Report on the working of the mental hospitals for Indians in Bihar and Orissa - 1925-1929
Year: 1925
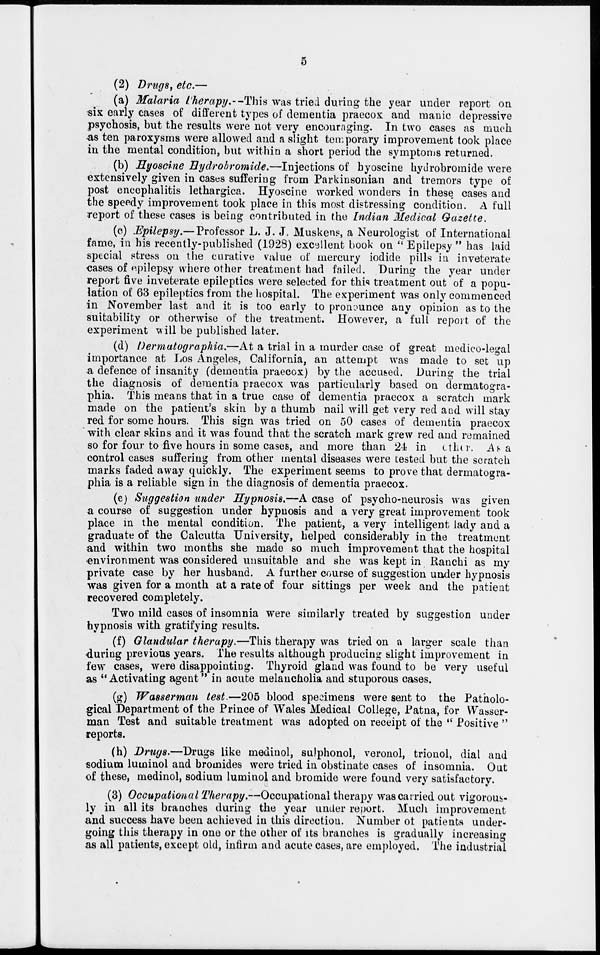
5
(2) Drugs, etc.—
(a) Malaria Therapy.—This was tried during the year under report on
six early cases of different types of dementia praecox and manic depressive
psychosis, but the results were not very encouraging. In two cases as much
as ten paroxysms were allowed and a slight temporary improvement took place
in the mental condition, but within a short period the symptoms returned.
(b) Hyoscine Hydrobromide.—Injections of byoscine hydrobromide were
extensively given in cases suffering from Parkinsonian and tremors type of
post encephalitis lethargica. Hyoscine worked wonders in these cases and
the speedy improvement took place in this most distressing condition. A full
report of these cases is being contributed in the Indian Medical Gazette.
(c) Epilepsy.— Professor L. J. J. Muskens, a Neurologist of International
fame, in his recently-published (1928) excellent book on " Epilepsy " has laid
special stress on the curative value of mercury iodide pills in inveterate
cases of epilepsy where other treatment had failed. During the year under
report five inveterate epileptics were selected for this treatment out of a popu-
lation of 63 epileptics from the hospital. The experiment was only commenced
in November last and it is too early to pronounce any opinion as to the
suitability or otherwise of the treatment. However, a full report of the
experiment will be published later.
(d) Dermatographia.—At a trial in a murder case of great medico-legal
importance at Los Angeles, California, an attempt was made to set up
a defence of insanity (dementia praecox) by the accused. During the trial
the diagnosis of dementia praecox was particularly based on dermatogra-
phia. This means that in a true case of dementia praecox a scratch mark
made on the patient's skin by a thumb nail will get very red and will stay
red for some hours. This sign was tried on 50 cases of dementia praecox
with clear skins and it was found that the scratch mark grew red and remained
so for four to five hours in some cases, and more than 24 in other. As a
control cases suffering from other mental diseases were tested but the scratch
marks faded away quickly. The experiment seems to prove that dermatogra-
phia is a reliable sign in the diagnosis of dementia praecox.
(e) Suggestion under Hypnosis.—A case of psycho-neurosis was given
a course of suggestion under hypnosis and a very great improvement took
place in the mental condition. The patient, a very intelligent lady and a
graduate of the Calcutta University, helped considerably in the treatment
and within two months she made so much improvement that the hospital
environment was considered unsuitable and she was kept in Ranchi as my
private case by her husband. A further course of suggestion under hypnosis
was given for a month at a rate of four sittings per week and the patient
recovered completely.
Two mild cases of insomnia were similarly treated by suggestion under
hypnosis with gratifying results.
(f) Glandular therapy.—This therapy was tried on a larger scale than
during previous years. The results although producing slight improvement in
few cases, were disappointing. Thyroid gland was found to be very useful
as "Activating agent" in acute melancholia and stuporous cases.
(g) Wasserman test.—205 blood specimens were sent to the Patholo-
gical Department of the Prince of Wales Medical College, Patna, for Wasser-
man Test and suitable treatment was adopted on receipt of the " Positive "
reports.
(h) Drugs.—Drugs like medinol, sulphonol, veronol, trionol, dial and
sodium luminol and bromides were tried in obstinate cases of insomnia. Out
of these, medinol, sodium luminol and bromide were found very satisfactory.
(3) Occupational Therapy.—Occupational therapy was carried out vigorous-
ly in all its branches during the year under report. Much improvement
and success have been achieved in this direction. Number of patients under-
going this therapy in one or the other of its branches is gradually increasing
as all patients, except old, infirm and acute cases, are employed. The industrial